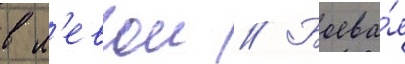
в л'евои // Боева́я